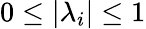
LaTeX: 0\leq|\lambda_{i}|\leq 1